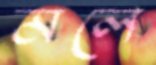
মলে